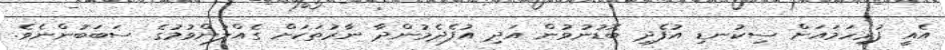
އެއީ ފުރިހަމައަށް ސިކުނޑި އުފެދި ބޮޑުނުވުން އަދި އުފެދެމުންދާ ނާރުތަކަށް ގެއްލުންވުމުގެ ސަބަބުންނެވެ.